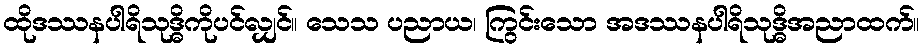
ထိုဒဿနပါရိသုဒ္ဓိကိုပင်လျှင်။ သေသ ပညာယ၊ ကြွင်းသော အဒဿနပါရိသုဒ္ဓိအညာထက်။